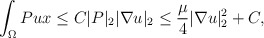
\begin{align*}\int_{\Omega} P u x\leq C|P|_2|\nabla u|_2\leq \frac{\mu}{4}|\nabla u|^2_2+C,\\\end{align*}